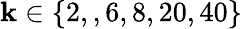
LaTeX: \mathbf{k}\in\{ 2,,6,8,20,40\}